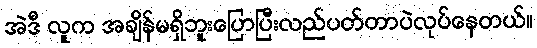
အဲဒီ လူက အချိန်မရှိဘူးပြောပြီးလည်ပတ်တာပဲလုပ်နေတယ်။